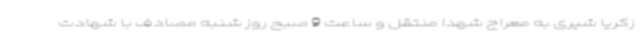
زکریا شیری به معراج شهدا منتقل و ساعت 9 صبح روز شنبه مصادف با شهادت